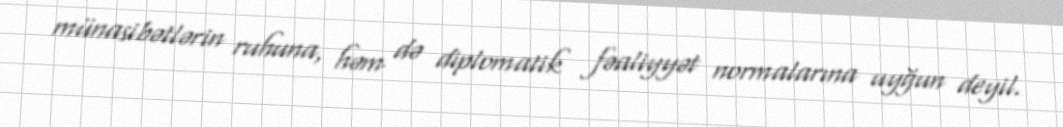
münasibətlərin ruhuna, həm də diplomatik fəaliyyət normalarına uyğun deyil.